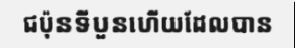
ជប៉ុនទីបួនហើយដែលបាន